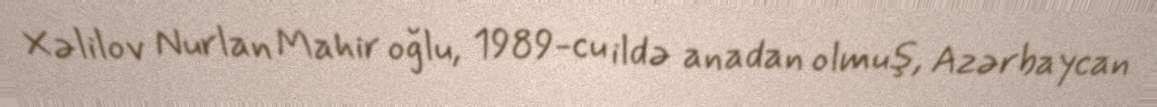
Xəlilov Nurlan Mahir oğlu, 1989-cu ildə anadan olmuş, Azərbaycan